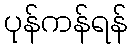
ပုန်ကန်ရန်